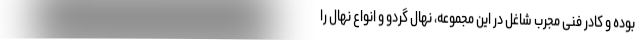
بوده و کادر فنی مجرب شاغل در این مجموعه، نهال گردو و انواع نهال را